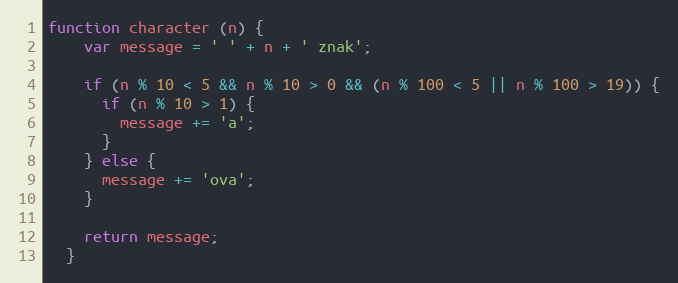
Language: JavaScript
function character (n) {
    var message = ' ' + n + ' znak';

    if (n % 10 < 5 && n % 10 > 0 && (n % 100 < 5 || n % 100 > 19)) {
      if (n % 10 > 1) {
        message += 'a';
      }
    } else {
      message += 'ova';
    }

    return message;
  }